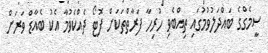
ސީމެގްގެ ބައްދަލުވުމުގައި ތިއްބެވި ހުރިހާ ފަރާތްތަކަށް ފޮޓޯ ދެއްކެވުމާ އެކު ބެއާޑް ވަރަށް